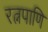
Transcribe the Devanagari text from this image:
रत्नपाणि